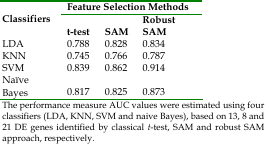
<table><thead><tr><td rowspan="2"><b>Classifiers</b></td><td colspan="3"><b>Feature Selection Methods</b></td></tr></thead><tbody><tr><td>t-test</td><td>SAM</td><td>Robust SAM</td></tr><tr><td>LDA</td><td>0.788</td><td>0.828</td><td>0.834</td></tr><tr><td>KNN</td><td>0.745</td><td>0.766</td><td>0.787</td></tr><tr><td>SVM</td><td>0.839</td><td>0.862</td><td>0.914</td></tr><tr><td>Naive Bayes</td><td>0.817</td><td>0.825</td><td>0.873</td></tr><tr><td colspan="4">The performance measure AUC values were estimated using fourclassifiers (LDA, KNN, SVM and naive Bayes), based on 13, 8 and21 DE genes identified by classical t-test, SAM and robust SAMapproach, respectively.</td></tr></tbody></table>